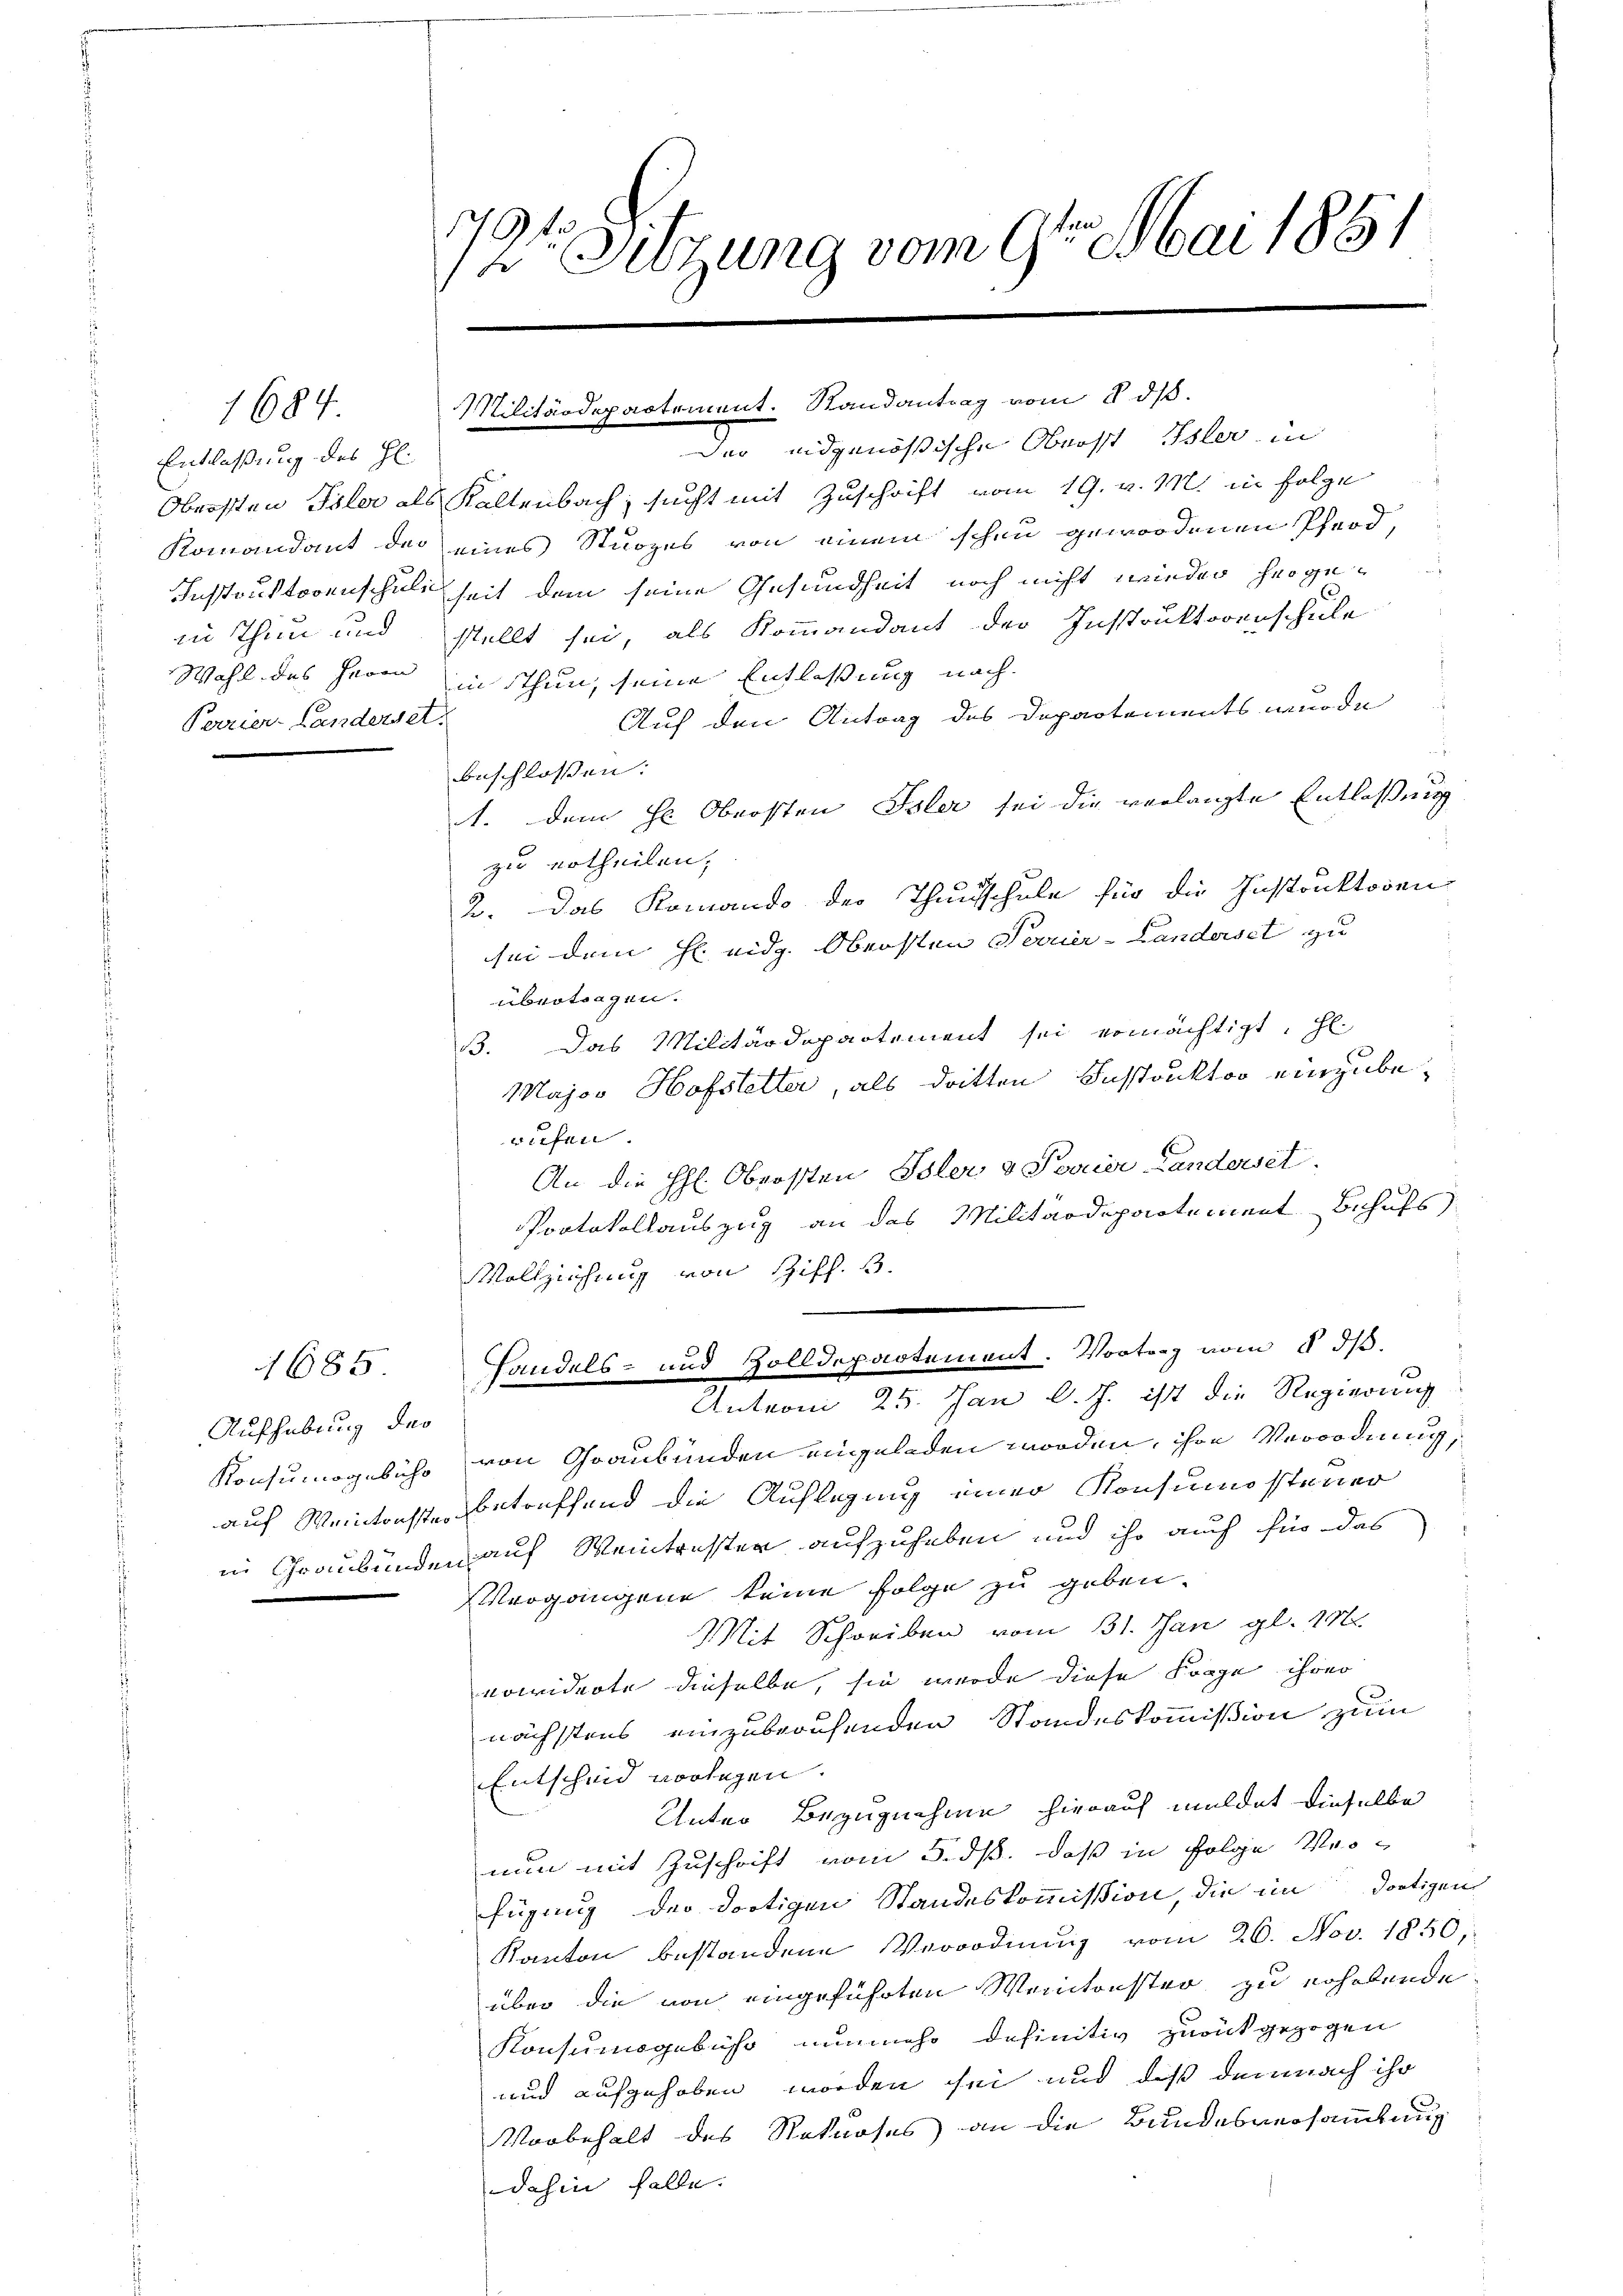
1684

Entlassung des Hl.
Wahl des Herrn
Perrier-Landerset

Aufhebung des

1685.

17
1te Sitzung vom 9te͇n Mai 1851

Militärdepartement. Randantrag vom 8. ds.

Der eidgenössische Oberst Isler in
Obersten Toler als Kaltenbach, sucht mit Zuschrift vom 19. v. M. in Folge
Komandant der eines Sturzes von einem schen gewordenen Pferd,
Instruktorenschuli seit dem seine Gesundheit noch nicht wieder hergein Thun und stellt sei, als Kommandant der Instruktorenschule
in thun, seine Entlassung nach
Auf den Antrag des Departements wurde
beschlossen:
1. dem He Obersten Isler sei die verlangte Entlaßung
zu ertheilen,
2. Das Romando der Thansschule für die Instruktoren
sei dem h. eidg. Obersten Feuer-Landerset zu
übertragen.
33. Das Militärdepartement sei ermächtigt, Hl.
Major Hofstetter, als dritten Instruktor einzuberufen.
An die H. Obersten Isler & Poaier Landerset
Protokollauszug an das Militärdepartement Behufs
Vollziehung von Ziff. 3.
Handels- und Zolldepartement. Vortrag vom §. 3.
Anton 25. Jan l. J. ist die Regierung
Konsumogesich von Graubünden eingeladen worden, ihre Verordnung,
auf Weintrichtes betreffend die Auflegung einer Konsumsteuer
in Graubünden auf Weintrester aufzuheben und ihr auch für das
Vergangene keine Folge zu geben.
Mit Schreiben vom 31. Jan gl. 18
nowiderte dieselbe, sie wurde diese Frage ihrer
nächstens einzuberuhenden Standeskommißion zum
Entscheid vorlegen.
Unter Bezugnahme hierauf muldet dieselbe
nun mit Zuschrift vom 5. ds. daß in Folge Verfügung der dortigen Standeskommißion, die im dortigen
Kanton bestandene Verordnung vom 26. Nov. 1850,
über die von eingeführten Weitenster zu erhobende
Konsumsgebühr nunmehr definitiv zurückgezogen
und aufgehoben worden sei und daß demnach ihr
Vorbehalt des Rekurses an die Bundesversammlung
dahin falle.